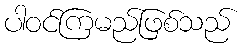
ပါဝင်ကြမည်ဖြစ်သည်